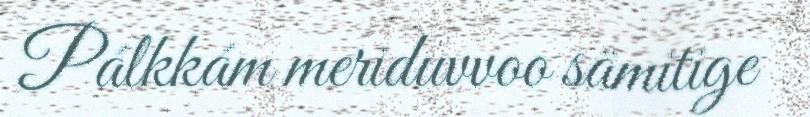
Pálkkám meriduvvoo sämitige